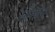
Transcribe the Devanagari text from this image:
सौभाय